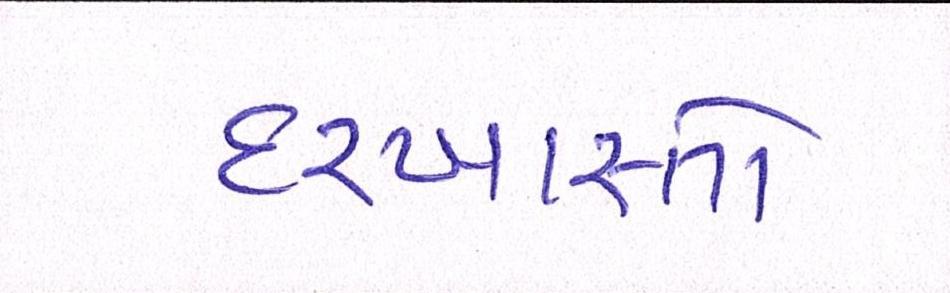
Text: દરખાસ્તો